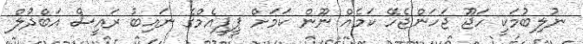
ނުލިބުމަކީ ހަޖޫ ޖަހަންޖެހޭ ކަމެއް ނޫން ކަމަށް ޕީޕީއެމްގެ ނައިބު ރައީސް އަބްދުލް